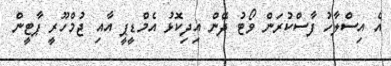
އެ އިސްލާހު ފާސްކުރަން ވޯޓު ދޭން އިދިކޮޅު އެމްޑީޕީ އާއި ޖުމްހޫރީ ޕާޓީން